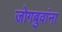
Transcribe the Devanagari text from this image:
जोगबुवांना